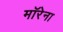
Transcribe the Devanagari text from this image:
मॉरेना